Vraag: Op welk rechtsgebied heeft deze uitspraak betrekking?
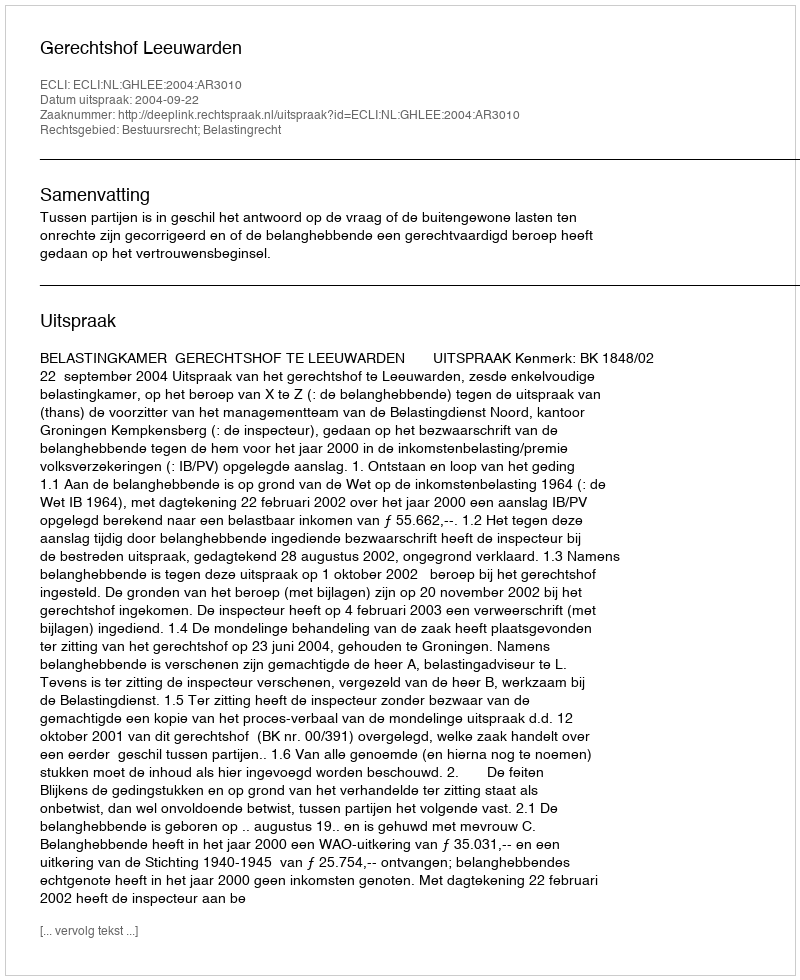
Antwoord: Bestuursrecht; Belastingrecht